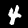
Digit: 4